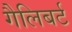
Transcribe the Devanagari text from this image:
गैलिबर्ट